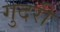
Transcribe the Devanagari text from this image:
गुदरी